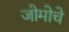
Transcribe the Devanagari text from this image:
जोमोचे